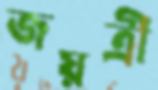
জয়ত্রী